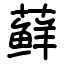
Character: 藓